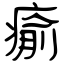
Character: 瘉